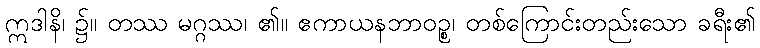
ဣဒါနိ၊ ၌။ တဿ မဂ္ဂဿ၊ ၏။ ဧကာယနဘာဝဉ္စ၊ တစ်ကြောင်းတည်းသော ခရီး၏